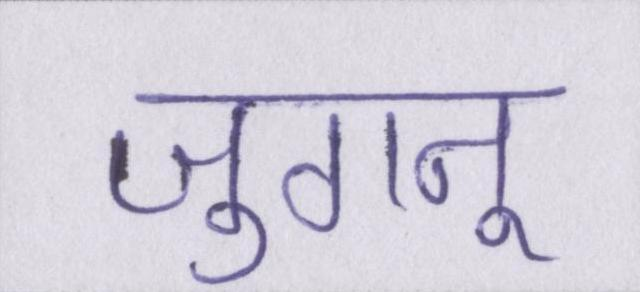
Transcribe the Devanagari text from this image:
जुगनू